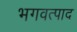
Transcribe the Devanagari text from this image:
भगवत्पाद